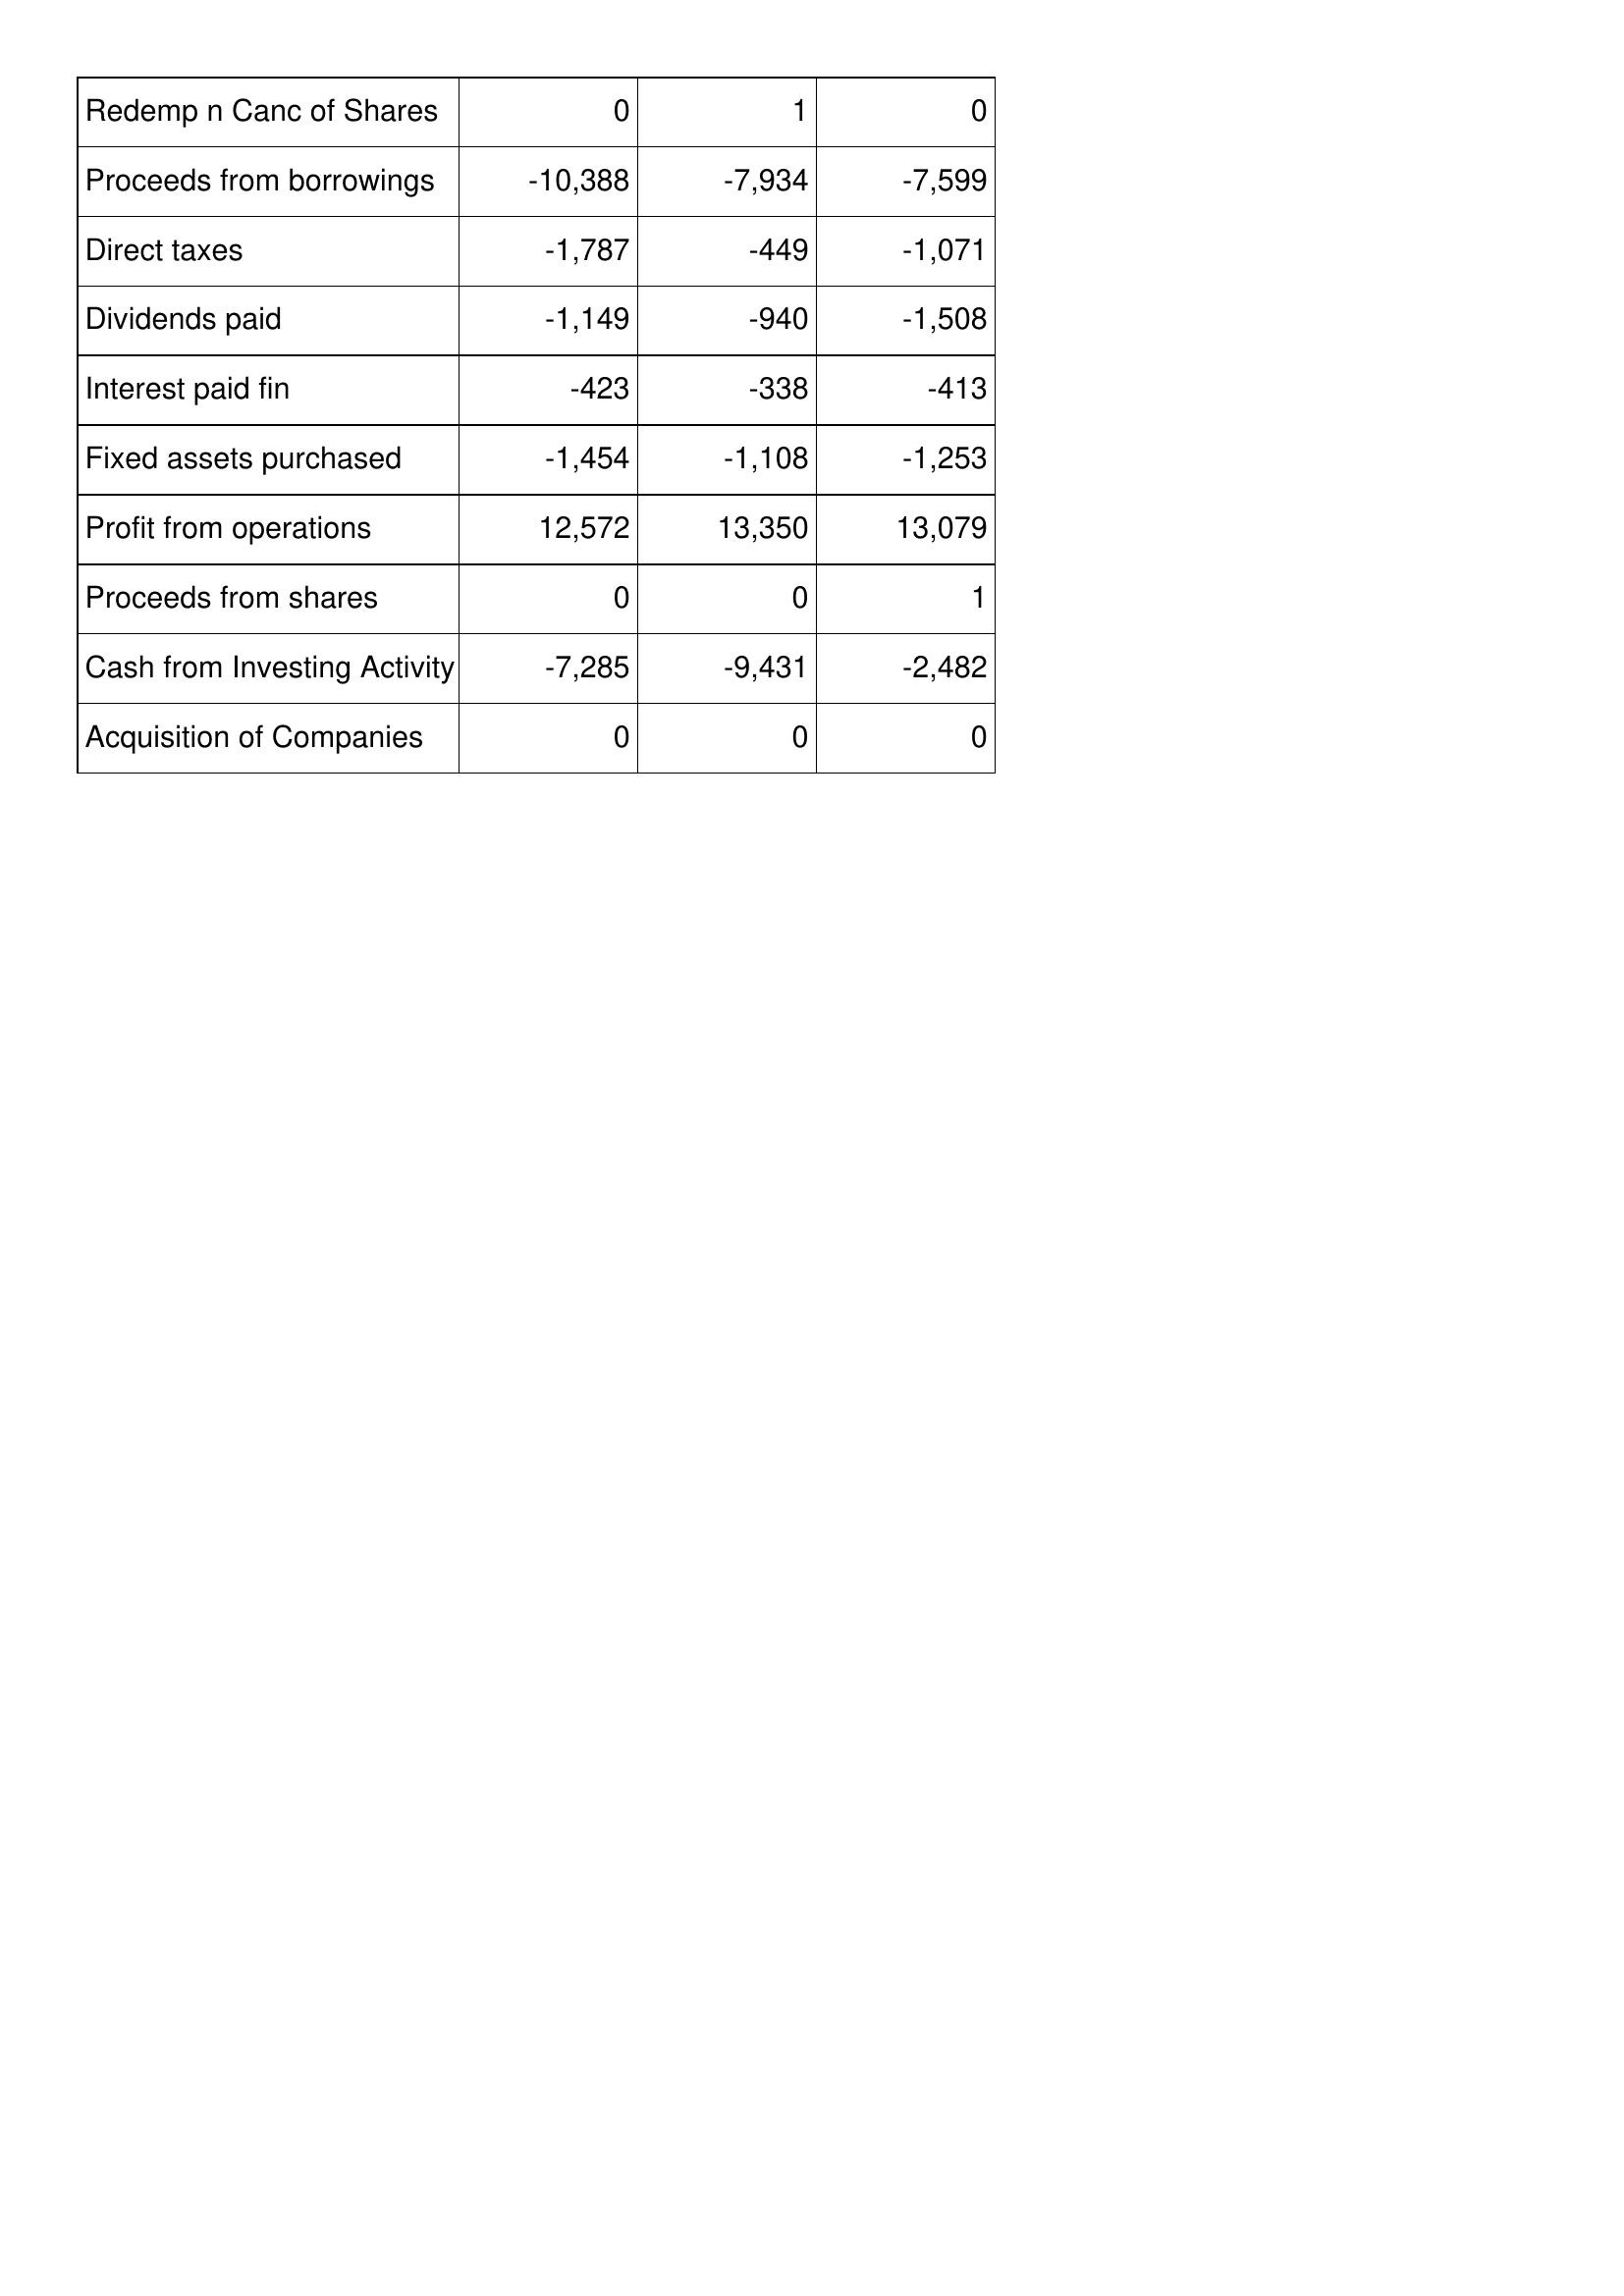
Mar-98: Cash Flows: Redemp n Canc of Shares: 0
Proceeds from borrowings: -10,388
Direct taxes: -1,787
Dividends paid: -1,149
Interest paid fin: -423
Fixed assets purchased: -1,454
Profit from operations: 12,572
Proceeds from shares: 0
Cash from Investing Activity: -7,285
Acquisition of Companies: 0
Mar-97: Cash Flows: Redemp n Canc of Shares: 1
Proceeds from borrowings: -7,934
Direct taxes: -449
Dividends paid: -940
Interest paid fin: -338
Fixed assets purchased: -1,108
Profit from operations: 13,350
Proceeds from shares: 0
Cash from Investing Activity: -9,431
Acquisition of Companies: 0
Mar-96: Cash Flows: Redemp n Canc of Shares: 0
Proceeds from borrowings: -7,599
Direct taxes: -1,071
Dividends paid: -1,508
Interest paid fin: -413
Fixed assets purchased: -1,253
Profit from operations: 13,079
Proceeds from shares: 1
Cash from Investing Activity: -2,482
Acquisition of Companies: 0